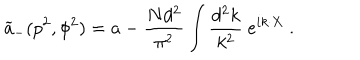
{ \widetilde a } _ { - } ( p ^ { 2 } , \phi ^ { 2 } ) = a - { \frac { N d ^ { 2 } } { \pi ^ { 2 } } } \int { \frac { d ^ { 2 } k } { k ^ { 2 } } } ~ e ^ { i k \cdot X } ~ .